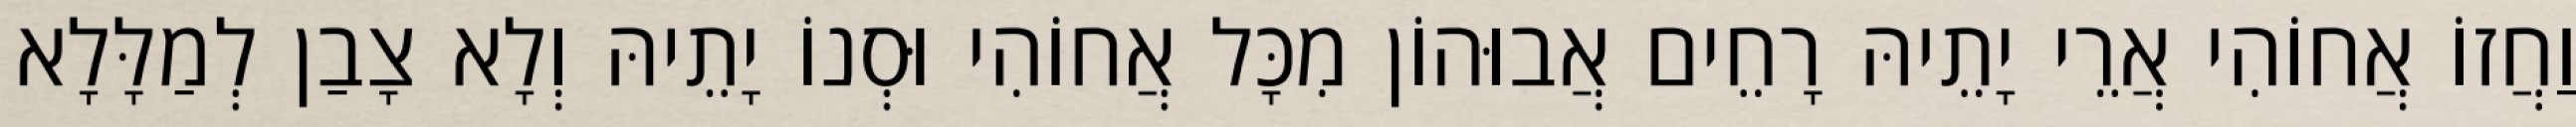
וַחֲזוֹ אֲחוֹהִי אֲרֵי יָתֵיהּ רָחֵים אֲבוּהוֹן מִכָּל אֲחוֹהִי וּסְנוֹ יָתֵיהּ וְלָא צָבַן לְמַלָּלָא